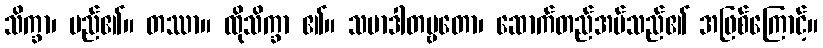
သိက္ခာ၊ မည်၏။ တဿာ။ ထိုသိက္ခာ ၏။ သမာဒါတဗ္ဗတော၊ ဆောက်တည်အပ်သည်၏ အဖြစ်ကြောင့်။